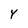
Character: 4